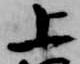
上